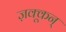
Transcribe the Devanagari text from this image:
ज़क्कून्